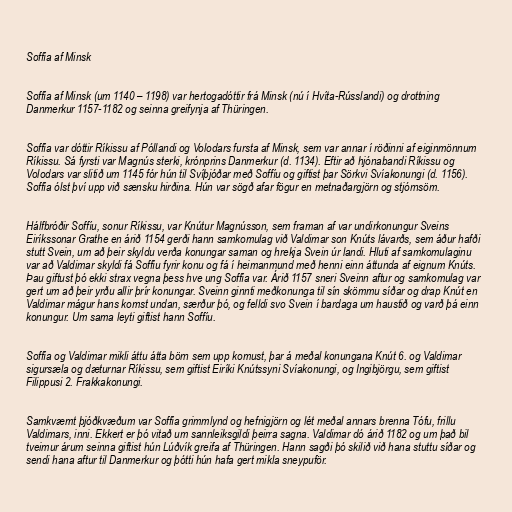
Soffía af Minsk

Soffía af Minsk (um 1140 – 1198) var hertogadóttir frá Minsk (nú í Hvíta-Rússlandi) og drottning
Danmerkur 1157-1182 og seinna greifynja af Thüringen.

Soffía var dóttir Ríkissu af Póllandi og Volodars fursta af Minsk, sem var annar í röðinni af eiginmönnum
Ríkissu. Sá fyrsti var Magnús sterki, krónprins Danmerkur (d. 1134). Eftir að hjónabandi Ríkissu og
Volodars var slitið um 1145 fór hún til Svíþjóðar með Soffíu og giftist þar Sörkvi Svíakonungi (d. 1156).
Soffía ólst því upp við sænsku hirðina. Hún var sögð afar fögur en metnaðargjörn og stjórnsöm.

Hálfbróðir Soffíu, sonur Ríkissu, var Knútur Magnússon, sem framan af var undirkonungur Sveins
Eiríkssonar Grathe en árið 1154 gerði hann samkomulag við Valdimar son Knúts lávarðs, sem áður hafði
stutt Svein, um að þeir skyldu verða konungar saman og hrekja Svein úr landi. Hluti af samkomulaginu
var að Valdimar skyldi fá Soffíu fyrir konu og fá í heimanmund með henni einn áttunda af eignum Knúts.
Þau giftust þó ekki strax vegna þess hve ung Soffía var. Árið 1157 sneri Sveinn aftur og samkomulag var
gert um að þeir yrðu allir þrír konungar. Sveinn ginnti meðkonunga til sín skömmu síðar og drap Knút en
Valdimar mágur hans komst undan, særður þó, og felldi svo Svein í bardaga um haustið og varð þá einn
konungur. Um sama leyti giftist hann Soffíu.

Soffía og Valdimar mikli áttu átta börn sem upp komust, þar á meðal konungana Knút 6. og Valdimar
sigursæla og dæturnar Ríkissu, sem giftist Eiríki Knútssyni Svíakonungi, og Ingibjörgu, sem giftist
Filippusi 2. Frakkakonungi.

Samkvæmt þjóðkvæðum var Soffía grimmlynd og hefnigjörn og lét meðal annars brenna Tófu, frillu
Valdimars, inni. Ekkert er þó vitað um sannleiksgildi þeirra sagna. Valdimar dó árið 1182 og um það bil
tveimur árum seinna giftist hún Lúðvík greifa af Thüringen. Hann sagði þó skilið við hana stuttu síðar og
sendi hana aftur til Danmerkur og þótti hún hafa gert mikla sneypuför.